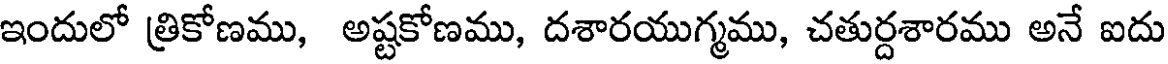
ఇందులో త్రికోణము, అష్టకోణము, దశారయుగ్మము, చతుర్దశారము అనే ఐదు